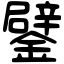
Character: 鐾